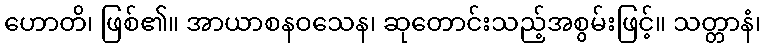
ဟောတိ၊ ဖြစ်၏။ အာယာစနဝသေန၊ ဆုတောင်းသည့်အစွမ်းဖြင့်။ သတ္တာနံ၊